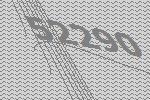
52290